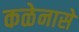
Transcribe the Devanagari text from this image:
कळेनासे